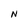
Character: N